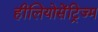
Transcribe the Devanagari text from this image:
हीलियोसेंट्रिज्म